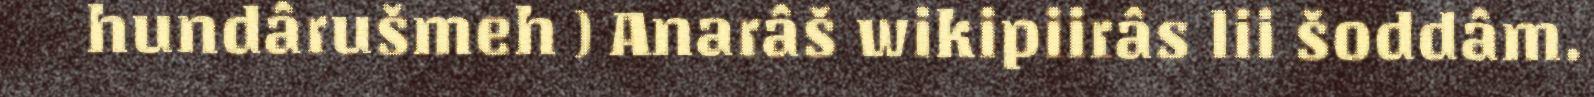
hundârušmeh ) Anarâš wikipiirâs lii šoddâm.